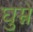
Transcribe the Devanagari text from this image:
घुम्ने